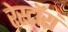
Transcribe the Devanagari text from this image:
रेस्टॉरां